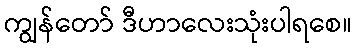
ကျွန်တော် ဒီဟာလေးသုံးပါရစေ။